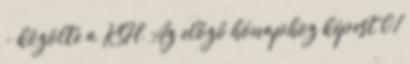
- közölte a KSH. Az előző hónaphoz képest 0,1